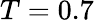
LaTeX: T=0.7